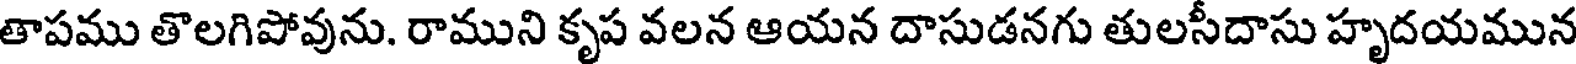
తాపము తొలగిపోవును. రాముని కృప వలన ఆయన దాసుడనగు తులసీదాసు హృదయమున